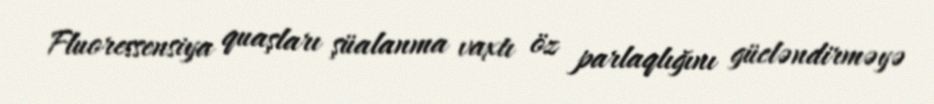
Fluoressensiya quaşları şüalanma vaxtı öz parlaqlığını gücləndirməyə